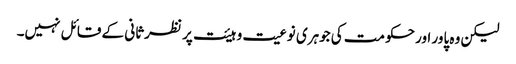
لیکن وہ پاور اور حکومت کی جوہری نوعیت و ہیئت پر نظرثانی کے قائل نہیں۔